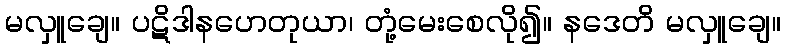
မလှူချေ။ ပဋိဒါနဟေတုယာ၊ တုံ့မေးစေလို၍။ နဒေတိ မလှူချေ။